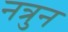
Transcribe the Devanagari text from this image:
नत्रुन